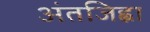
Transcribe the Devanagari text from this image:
अंतजिह्वा